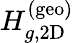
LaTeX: H_{g,\mathrm{2D}}^{(\mathrm{geo)}}